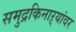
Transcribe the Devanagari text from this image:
समुद्रकिनाऱ्यांवर